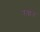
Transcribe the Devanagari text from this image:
रबान